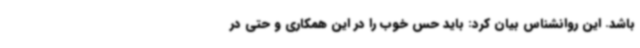
باشد. این روانشناس بیان کرد: باید حس خوب را در این همکاری و حتی در